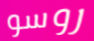
روسو